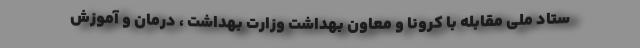
ستاد ملی مقابله با کرونا و معاون بهداشت وزارت بهداشت ، درمان و آموزش